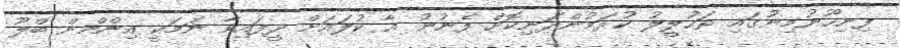
ފިނިހޫނުމިނުގައި ތަހުލީލު ކުރަމުންދަނިކޮށް ފެނުނު އާ ކުލައަށް ދީފައިވާ ނަމަކީ އިންމްން ބްލޫ